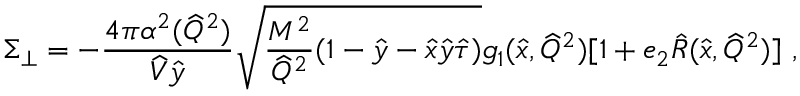
\Sigma _ { \bot } = - \frac { 4 \pi \alpha ^ { 2 } ( \widehat Q ^ { 2 } ) } { \widehat V \hat { y } } \sqrt { \frac { M ^ { 2 } } { \widehat Q ^ { 2 } } ( 1 - \hat { y } - \hat { x } \hat { y } \hat { \tau } ) } g _ { 1 } ( \hat { x } , \widehat Q ^ { 2 } ) [ 1 + e _ { 2 } \hat { R } ( \hat { x } , \widehat Q ^ { 2 } ) ] \ ,